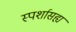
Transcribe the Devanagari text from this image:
स्पर्शासह्य